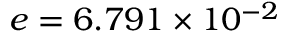
e = 6 . 7 9 1 \times 1 0 ^ { - 2 }